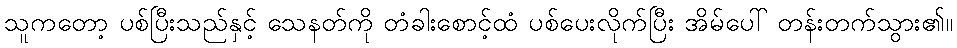
သူကတော့ ပစ်ပြီးသည်နှင့် သေနတ်ကို တံခါးစောင့်ထံ ပစ်ပေးလိုက်ပြီး အိမ်ပေါ် တန်းတက်သွား၏။